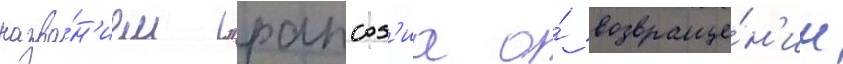
назва́н'ием "рапсод'иа о́ возвраще́н'ии